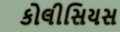
કોલીસિયસ